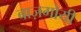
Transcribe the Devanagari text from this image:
बाज़गोयी